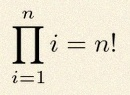
\prod_{i=1}^{n}i=n!